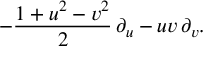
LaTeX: - { \frac { 1 + u ^ { 2 } - v ^ { 2 } } { 2 } } \, \partial _ { u } - u v \, \partial _ { v } .